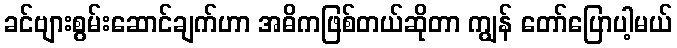
ခင်ဗျားစွမ်းဆောင်ချက်ဟာ အဓိကဖြစ်တယ်ဆိုတာ ကျွန် တော်ပြောပါ့မယ်